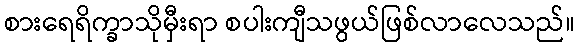
စားရေရိက္ခာသိုမှီးရာ စပါးကျီသဖွယ်ဖြစ်လာလေသည်။